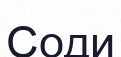
Соди